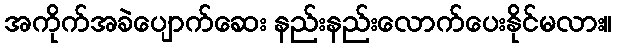
အကိုက်အခဲပျောက်ဆေး နည်းနည်းလောက်ပေးနိုင်မလား။